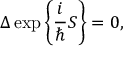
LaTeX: \Delta \exp \bigg \{ \frac { i } { \hbar } S \bigg \} = 0 ,